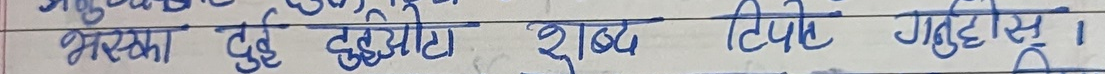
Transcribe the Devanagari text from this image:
भ्रमका दुई हेयोटा शब्द टिपि गर्नुहोस् ।